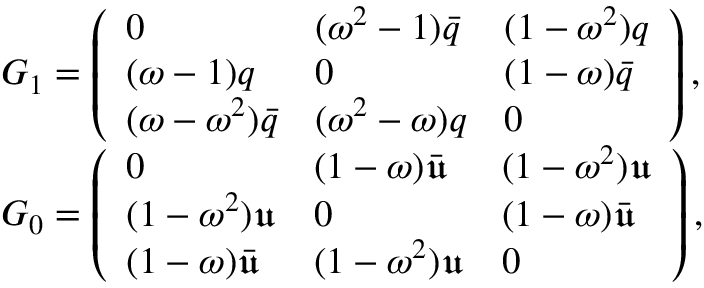
\begin{array} { r l } & { G _ { 1 } = \left( \begin{array} { l l l } { 0 } & { ( \omega ^ { 2 } - 1 ) \bar { q } } & { ( 1 - \omega ^ { 2 } ) q } \\ { ( \omega - 1 ) q } & { 0 } & { ( 1 - \omega ) \bar { q } } \\ { ( \omega - \omega ^ { 2 } ) \bar { q } } & { ( \omega ^ { 2 } - \omega ) q } & { 0 } \end{array} \right) , } \\ & { G _ { 0 } = \left( \begin{array} { l l l } { 0 } & { ( 1 - \omega ) \bar { \mathfrak { u } } } & { ( 1 - \omega ^ { 2 } ) \mathfrak { u } } \\ { ( 1 - \omega ^ { 2 } ) \mathfrak { u } } & { 0 } & { ( 1 - \omega ) \bar { \mathfrak { u } } } \\ { ( 1 - \omega ) \bar { \mathfrak { u } } } & { ( 1 - \omega ^ { 2 } ) \mathfrak { u } } & { 0 } \end{array} \right) , } \end{array}